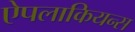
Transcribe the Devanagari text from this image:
ऐपलाकियन्स